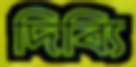
দিব্যি